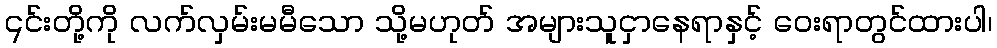
၎င်းတို့ကို လက်လှမ်းမမီသော သို့မဟုတ် အများသူငှာနေရာနှင့် ဝေးရာတွင်ထားပါ၊